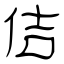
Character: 佶